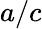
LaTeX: a/c